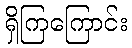
ရှိကြကြောင်း